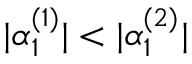
\lvert \alpha _ { 1 } ^ { ( 1 ) } \rvert < \lvert \alpha _ { 1 } ^ { ( 2 ) } \rvert